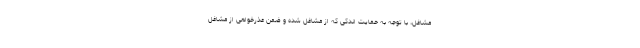
مشاغل، با توجه به حمایت اندکی که از مشاغل شده و ضمن عذرخواهی از مشاغل